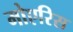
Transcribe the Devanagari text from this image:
मोएरिस